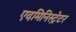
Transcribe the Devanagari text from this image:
एदमिनिस्ट्रेटर